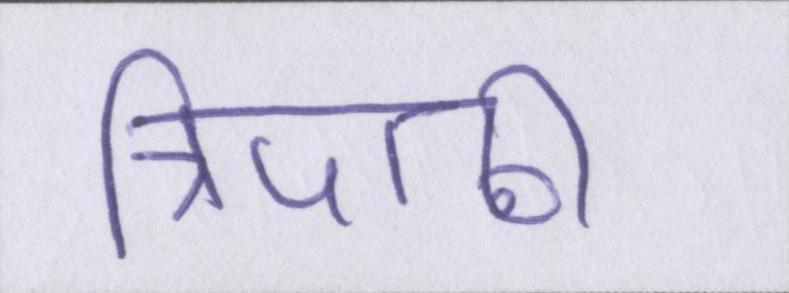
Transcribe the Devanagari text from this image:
त्रिपाठी